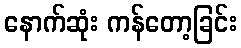
နောက်ဆုံး ကန်တော့ခြင်း